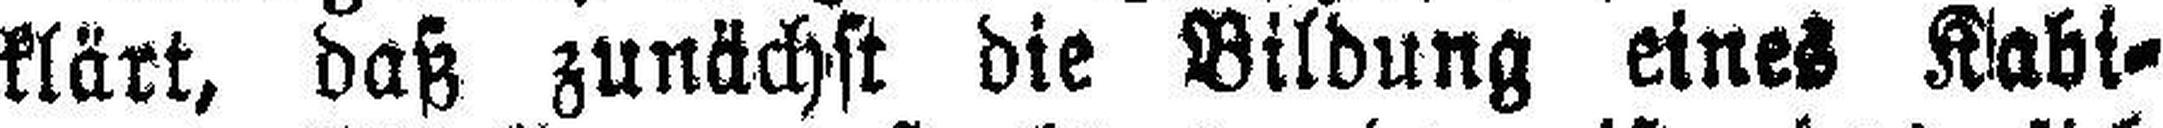
klärt, daß zunächst die Bildung eines Kabi¬